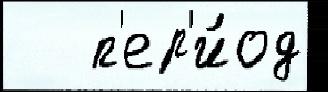
   п'ер'и́од